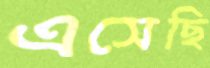
এসেছি